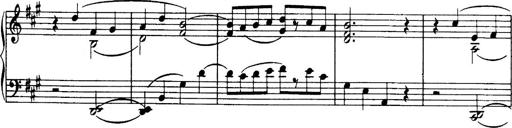
Title: 3 Sonatinas, Op.67
Composer: Jean Sibelius